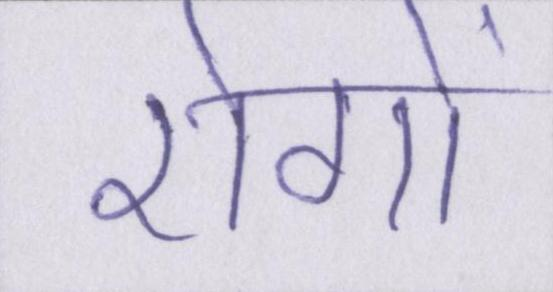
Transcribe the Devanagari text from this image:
रोगों